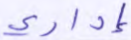
إداري